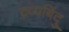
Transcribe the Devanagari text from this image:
द्रव्यबिंदु